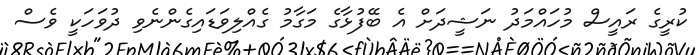
ކުރީގެ ރައީސް މުހައްމަދު ނަޝީދަށް އެ ބޭފުޅާގެ މަގާމު ގެއްލިވަޑައިގެންނެވި ދުވަހަކީ ވެސް